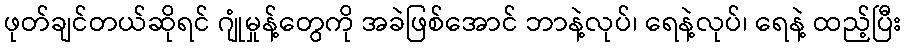
ဖုတ်ချင်တယ်ဆိုရင် ဂျုံမှုန့်တွေကို အခဲဖြစ်အောင် ဘာနဲ့လုပ်၊ ရေနဲ့လုပ်၊ ရေနဲ့ ထည့်ပြီး